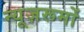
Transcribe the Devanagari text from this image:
न्यूज़रूमों